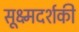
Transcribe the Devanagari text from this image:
सूक्ष्मदर्शकी